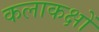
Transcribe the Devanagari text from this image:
कलाकक्षों